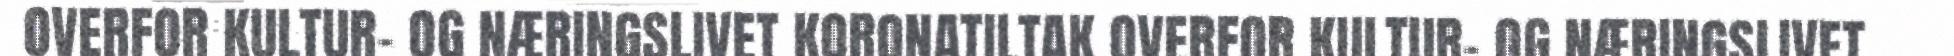
OVERFOR KULTUR- OG NÆRINGSLIVET KORONATILTAK OVERFOR KULTUR- OG NÆRINGSLIVET